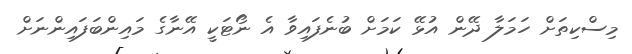
މިސްކިތަށް ހަމަލާ ދޭން އުޅޭ ކަމަށް ބުނެފައިވާ އެ ނޯޓަކީ އޭނާގެ މައިންބަފައިންނަށް